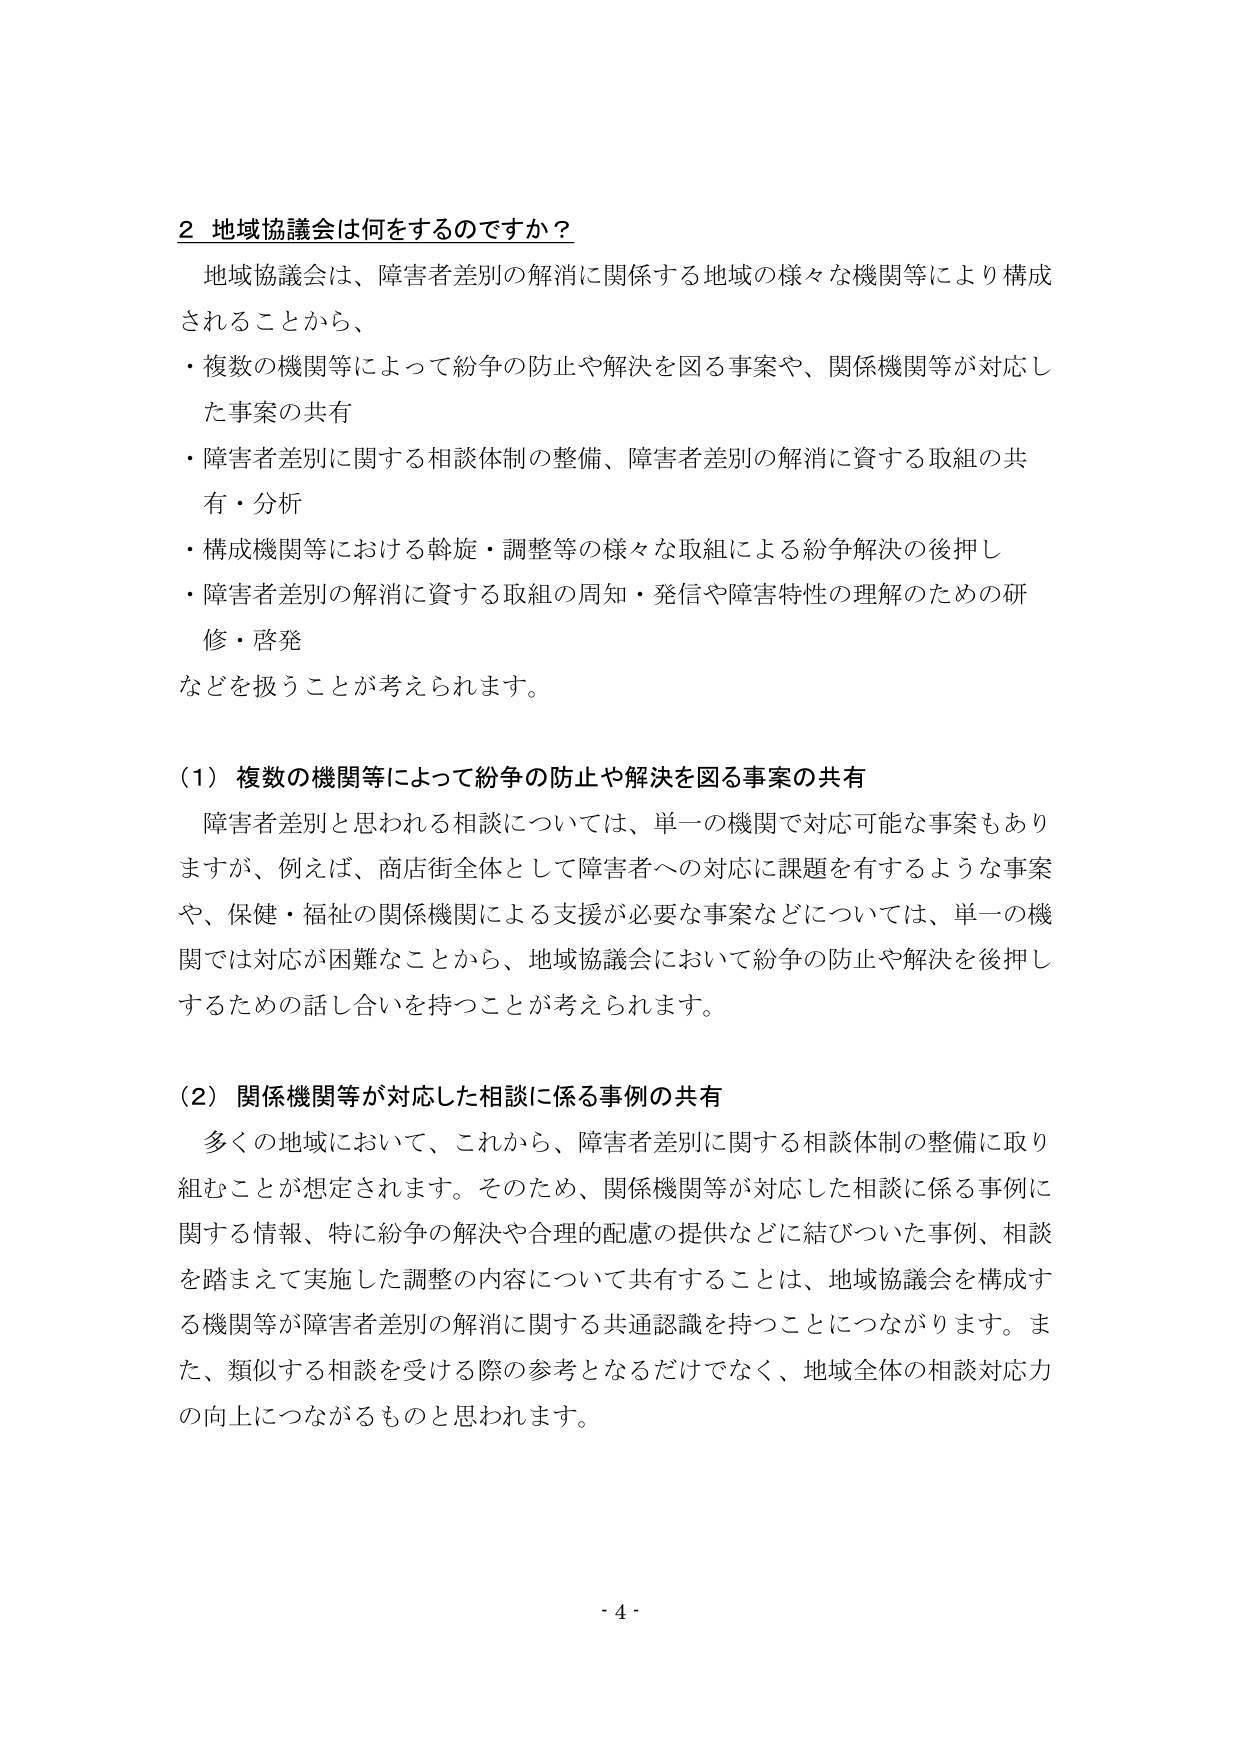
2 地域協議会は何をするのですか？

地域協議会は、障害者差別の解消に関係する地域の様々な機関等により構成されることから、
・複数の機関等によって紛争の防止や解決を図る事案や、関係機関等が対応した事案の共有
・障害者差別に関する相談体制の整備、障害者差別の解消に資する取組の共有・分析
・構成機関等における斡旋・調整等の様々な取組による紛争解決の後押し
・障害者差別の解消に資する取組の周知・発信や障害特性の理解のための研修・啓発
などを扱うことが考えられます。

（1）複数の機関等によって紛争の防止や解決を図る事案の共有
障害者差別と思われる相談については、単一の機関で対応可能な事案もありますが、例えば、商店街全体として障害者への対応に課題を有するような事案や、保健・福祉の関係機関による支援が必要な事案などについては、単一の機関では対応が困難なことから、地域協議会において紛争の防止や解決を後押しするための話し合いを持つことが考えられます。

（2）関係機関等が対応した相談に係る事例の共有
多くの地域において、これから、障害者差別に関する相談体制の整備に取り組むことが想定されます。そのため、関係機関等が対応した相談に係る事例に関する情報、特に紛争の解決や合理的配慮の提供などに結びついた事例、相談を踏まえて実施した調整の内容について共有することは、地域協議会を構成する機関等が障害者差別の解消に関する共通認識を持つことにつながります。また、類似する相談を受ける際の参考となるだけでなく、地域全体の相談対応力の向上につながるものと思われます。

- 4 -